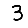
Digit: 3